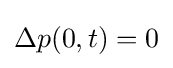
\Delta p(0,t)=0